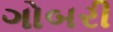
ગોબરી